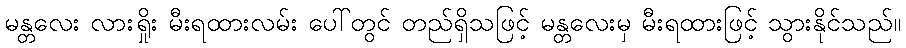
မန္တလေး လားရှိုး မီးရထားလမ်း ပေါ်တွင် တည်ရှိသဖြင့် မန္တလေးမှ မီးရထားဖြင့် သွားနိုင်သည်။